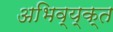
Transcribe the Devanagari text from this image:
अभिव्य्क्त